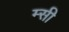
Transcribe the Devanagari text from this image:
म्सी